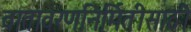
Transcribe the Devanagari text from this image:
वातावरणनिर्मितीसाठी